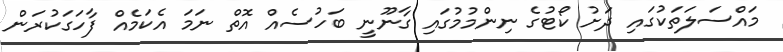
މައްސަލަތަކުގައި ދަށު ކޯޓުގެ ނިންމުމުގައި ގާނޫނީ ބަހުސެއް އޮތް ނަމަ އެކަމެއް ފާހަގަކުރަން